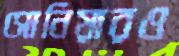
সোনিয়ারও